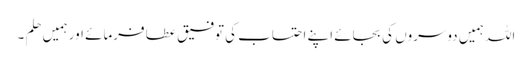
اللہ ہمیں دوسروں کی بجائے اپنے احتساب کی توفیق عطا فرمائے اور ہمیں حِلم ۔